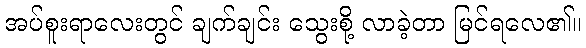
အပ်စူးရာလေးတွင် ချက်ချင်း သွေးစို့ လာခဲ့တာ မြင်ရလေ၏။